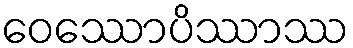
ဝေဿောပိဿာဿ